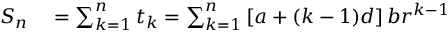
\begin{array} { r l } { S _ { n } } & { { } = \sum _ { k = 1 } ^ { n } t _ { k } = \sum _ { k = 1 } ^ { n } \left[ a + ( k - 1 ) d \right] b r ^ { k - 1 } } \end{array}